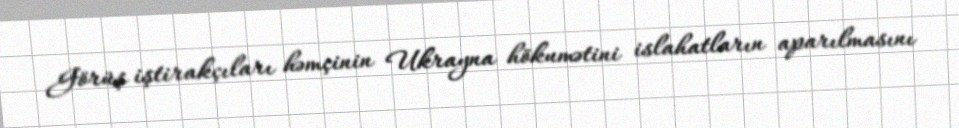
Görüş iştirakçıları həmçinin Ukrayna hökumətini islahatların aparılmasını